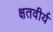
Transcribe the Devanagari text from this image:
क्षतवीर्य